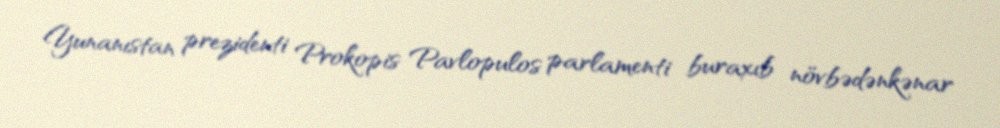
Yunanıstan prezidenti Prokopis Pavlopulos parlamenti buraxıb növbədənkənar